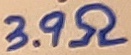
Text: 3.9Ω